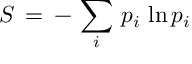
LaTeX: S \, = \, - \, \sum _ { i } \, p _ { i } \, \ln p _ { i }